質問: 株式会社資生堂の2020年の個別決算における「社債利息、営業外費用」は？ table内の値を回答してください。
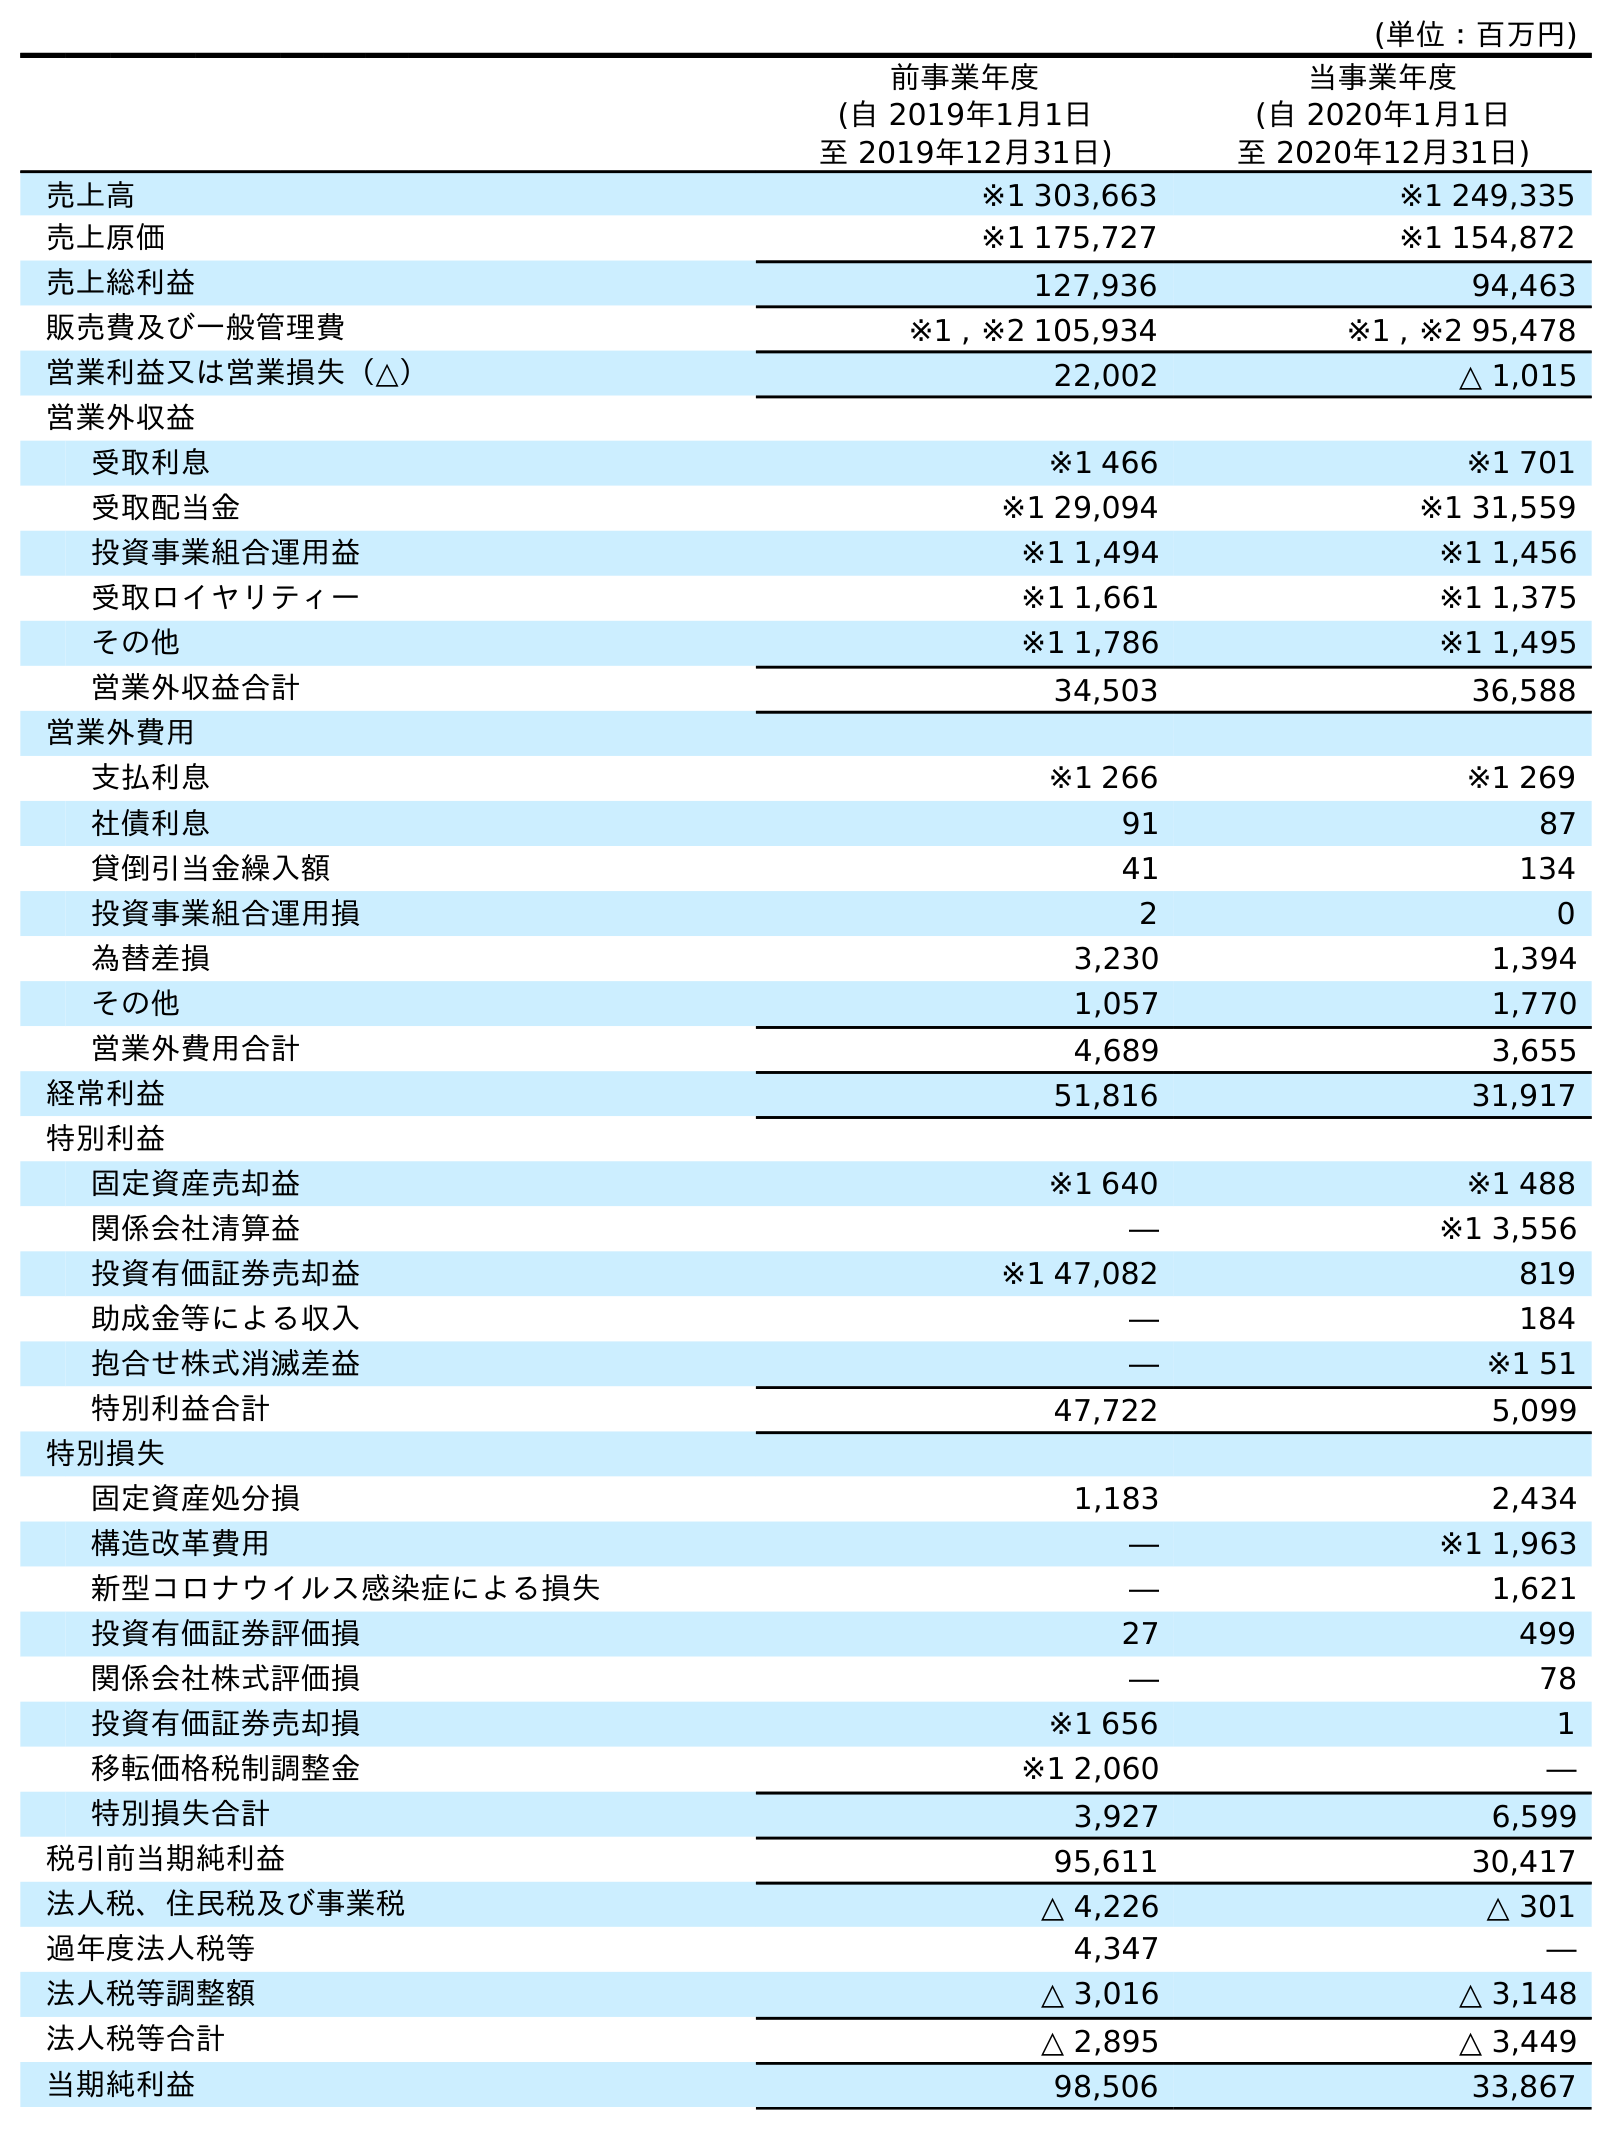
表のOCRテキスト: (単位：百万円) 前事業年度 (自 2019年1月1日 至 2019年12月31日) 当事業年度 (自 2020年1月1日 至 2020年12月31日) 売上高 ※1 303,663 ※1 249,335 売上原価 ※1 175,727 ※1 154,872 売上総利益 127,936 94,463 販売費及び一般管理費 ※1 , ※2 105,934 ※1 , ※2 95,478 営業利益又は営業損失（△） 22,002 △ 1,015 営業外収益 受取利息 ※1 466 ※1 701 受取配当金 ※1 29,094 ※1 31,559 投資事業組合運用益 ※1 1,494 ※1 1,456 受取ロイヤリティー ※1 1,661 ※1 1,375 その他 ※1 1,786 ※1 1,495 営業外収益合計 34,503 36,588 営業外費用 支払利息 ※1 266 ※1 269 社債利息 91 87 貸倒引当金繰入額 41 134 投資事業組合運用損 2 0 為替差損 3,230 1,394 その他 1,057 1,770 営業外費用合計 4,689 3,655 経常利益 51,816 31,917 特別利益 固定資産売却益 ※1 640 ※1 488 関係会社清算益 ― ※1 3,556 投資有価証券売却益 ※1 47,082 819 助成金等による収入 ― 184 抱合せ株式消滅差益 ― ※1 51 特別利益合計 47,722 5,099 特別損失 固定資産処分損 1,183 2,434 構造改革費用 ― ※1 1,963 新型コロナウイルス感染症による損失 ― 1,621 投資有価証券評価損 27 499 関係会社株式評価損 ― 78 投資有価証券売却損 ※1 656 1 移転価格税制調整金 ※1 2,060 ― 特別損失合計 3,927 6,599 税引前当期純利益 95,611 30,417 法人税、住民税及び事業税 △ 4,226 △ 301 過年度法人税等 4,347 ― 法人税等調整額 △ 3,016 △ 3,148 法人税等合計 △ 2,895 △ 3,449 当期純利益 98,506 33,867
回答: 87